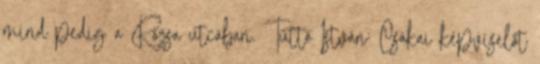
mind pedig a Rózsa utcában. Tüttő István: Csákai képviselőt